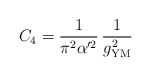
\begin{align*}C_4 =\frac{1}{\pi^2\alpha'^2}\,\frac{1}{g_{\rm YM}^2} \end{align*}